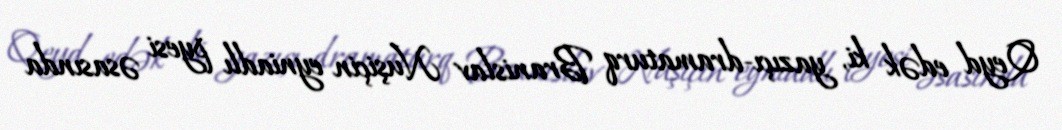
Qeyd edək ki, yazıçı-dramaturq Branislav Nuşiçin eyniadlı pyesi əsasında